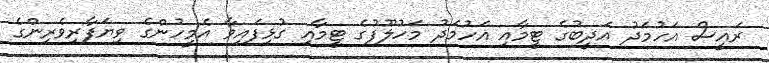
ރައީސް އަހުމަދު އަދީބުގެ ޓީމާއި އަހުމަދު މަހުލޫފުގެ ޓީމާއި ގުޅިފައިވާ އެމީހުންގެ ވިޔަފާރިވެރިންގެ